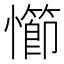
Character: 㦢